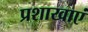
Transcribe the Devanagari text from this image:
प्रशाखाएं